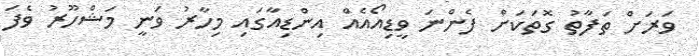
ވަރަށް ތަފާތު ގޮތަކަށް ފެންނަ ވީޑިއޯއެއް އިންޑިއާގައި މިހާރު ވަނީ މަޝްހޫރު ވެފަ